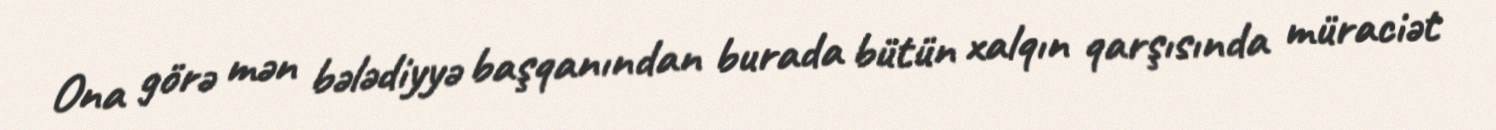
Ona görə mən bələdiyyə başqanından burada bütün xalqın qarşısında müraciət